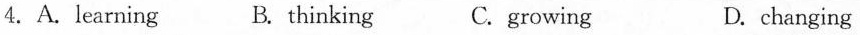
4.A. Learning B. thinking C.growing D.changing